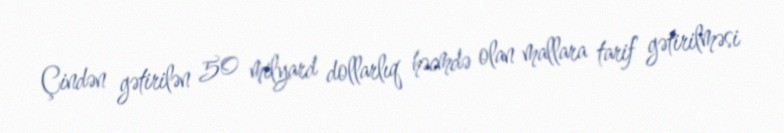
Çindən gətirilən 50 milyard dollarlıq həcmdə olan mallara tarif gətirilməsi